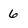
Character: 6